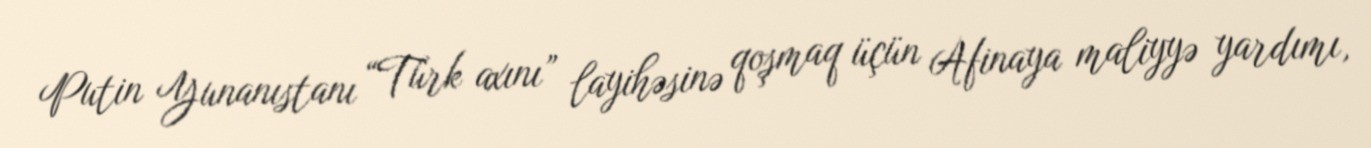
Putin Yunanıstanı “Türk axını” layihəsinə qoşmaq üçün Afinaya maliyyə yardımı,